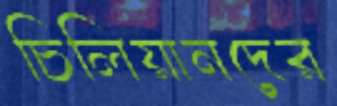
চিলিয়ানদের